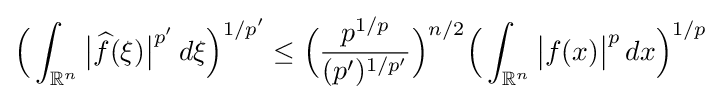
{\Big (}\int _{\mathbb {R} ^{n}}{\big |}{\widehat {f}}(\xi ){\big |}^{p'}\,d\xi {\Big )}^{1/p'}\leq {\Big (}{\frac {p^{1/p}}{(p')^{1/p'}}}{\Big )}^{n/2}{\Big (}\int _{\mathbb {R} ^{n}}{\big |}f(x){\big |}^{p}\,dx{\Big )}^{1/p}